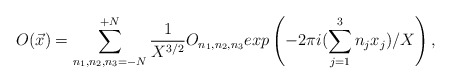
\begin{align*}O({\vec x}) = \sum_{n_1,n_2,n_3=-{N}}^{+ {N}} \frac{1}{X^{3/2}}O_{n_1,n_2,n_3} exp\left(-2\pi i (\sum_{j=1}^{3} n_j x_j)/X\right),\end{align*}